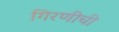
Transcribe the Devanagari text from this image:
गिरणीची